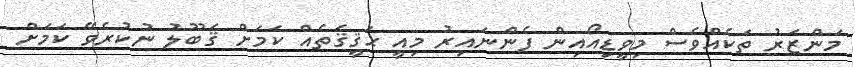
މަންޒަރު ތަކެއްވެސް މިވީޑިއޯއިން ފެންނައިރު މިއީ ޙަޤީޤަތެއް ކަމަށް ޤަބޫލު ނުކުރެވޭ ކަމަށް